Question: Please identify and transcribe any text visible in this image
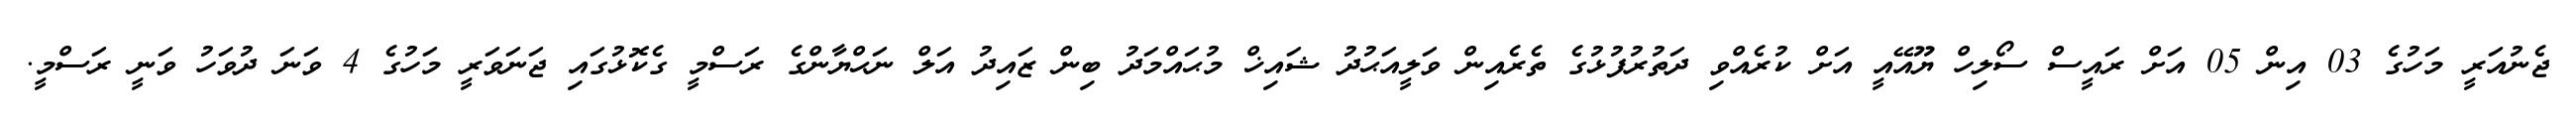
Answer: ޖެނުއަރީ މަހުގެ 03 އިން 05 އަށް ރައީސް ސޯލިހް ޔޫއޭއީ އަށް ކުރެއްވި ދަތުރުފުޅުގެ ތެރެއިން ވަލީއަޙުދު ޝައިޚް މުޙައްމަދު ބިން ޒައިދު އަލް ނަޙްޔާންގެ ރަސްމީ ގެކޮޅުގައި ޖަނަވަރީ މަހުގެ 4 ވަނަ ދުވަހު ވަނީ ރަސްމީ.